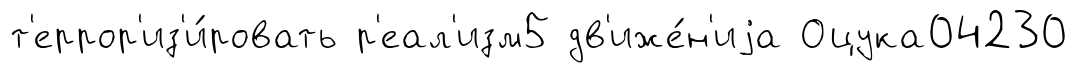
т'еррор'из'и́ровать р'еал'изм5 дв'иже́н'иjа Оцука04230